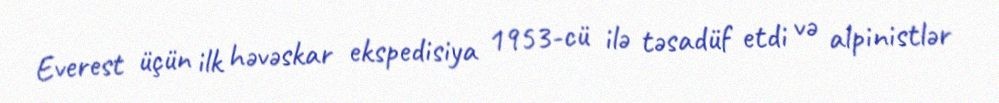
Everest üçün ilk həvəskar ekspedisiya 1953-cü ilə təsadüf etdi və alpinistlər